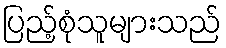
ပြည့်စုံသူများသည်